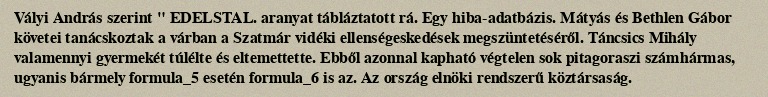
Vályi András szerint " EDELSTAL. aranyat tábláztatott rá. Egy hiba-adatbázis. Mátyás és Bethlen Gábor követei tanácskoztak a várban a Szatmár vidéki ellenségeskedések megszüntetéséről. Táncsics Mihály valamennyi gyermekét túlélte és eltemettette. Ebből azonnal kapható végtelen sok pitagoraszi számhármas, ugyanis bármely formula_5 esetén formula_6 is az. Az ország elnöki rendszerű köztársaság.